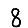
Digit: 8